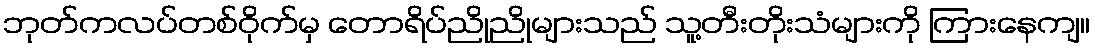
ဘုတ်ကလပ်တစ်ဝိုက်မှ တောရိပ်ညိုညိုများသည် သူ့တီးတိုးသံများကို ကြားနေကျ။